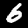
Label: 6